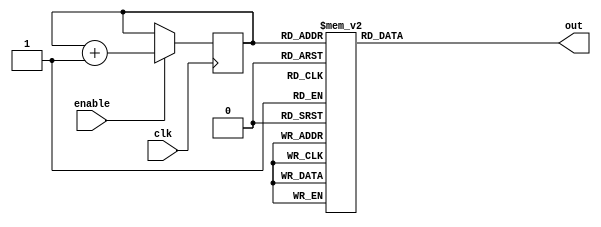
module JohnsonCounterWithEnable (
    input wire clk,
    input wire enable,
    output reg [3:0] out
);

reg [3:0] counter;

always @(posedge clk) begin
    if (enable) begin
        counter <= counter + 1;
    end
end

always @* begin
    case (counter)
        4'b0000: out <= 4'b0001;
        4'b0001: out <= 4'b0010;
        4'b0010: out <= 4'b0100;
        4'b0011: out <= 4'b1000;
        4'b0100: out <= 4'b0001;
        4'b0101: out <= 4'b0010;
        4'b0110: out <= 4'b0100;
        4'b0111: out <= 4'b1000;
        4'b1000: out <= 4'b0001;
        4'b1001: out <= 4'b0010;
        4'b1010: out <= 4'b0100;
        4'b1011: out <= 4'b1000;
        4'b1100: out <= 4'b0001;
        4'b1101: out <= 4'b0010;
        4'b1110: out <= 4'b0100;
        4'b1111: out <= 4'b1000;
        default: out <= 4'b0000;
    endcase
end

endmodule